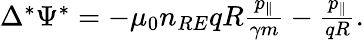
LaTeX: \begin{array}{r}{\Delta^{*}\Psi^{*}=-\mu_{0}n_{RE}qR\frac{p_{\| }}{\gamma m}-\frac{p_{\| }}{qR}.}\end{array}